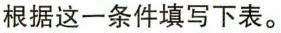
根据这一条件填写下表。